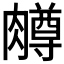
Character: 𫆸